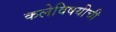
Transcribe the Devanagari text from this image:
कलेविषयीची